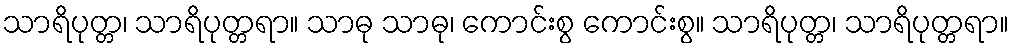
သာရိပုတ္တ၊ သာရိပုတ္တရာ။ သာဓု သာဓု၊ ကောင်းစွ ကောင်းစွ။ သာရိပုတ္တ၊ သာရိပုတ္တရာ။